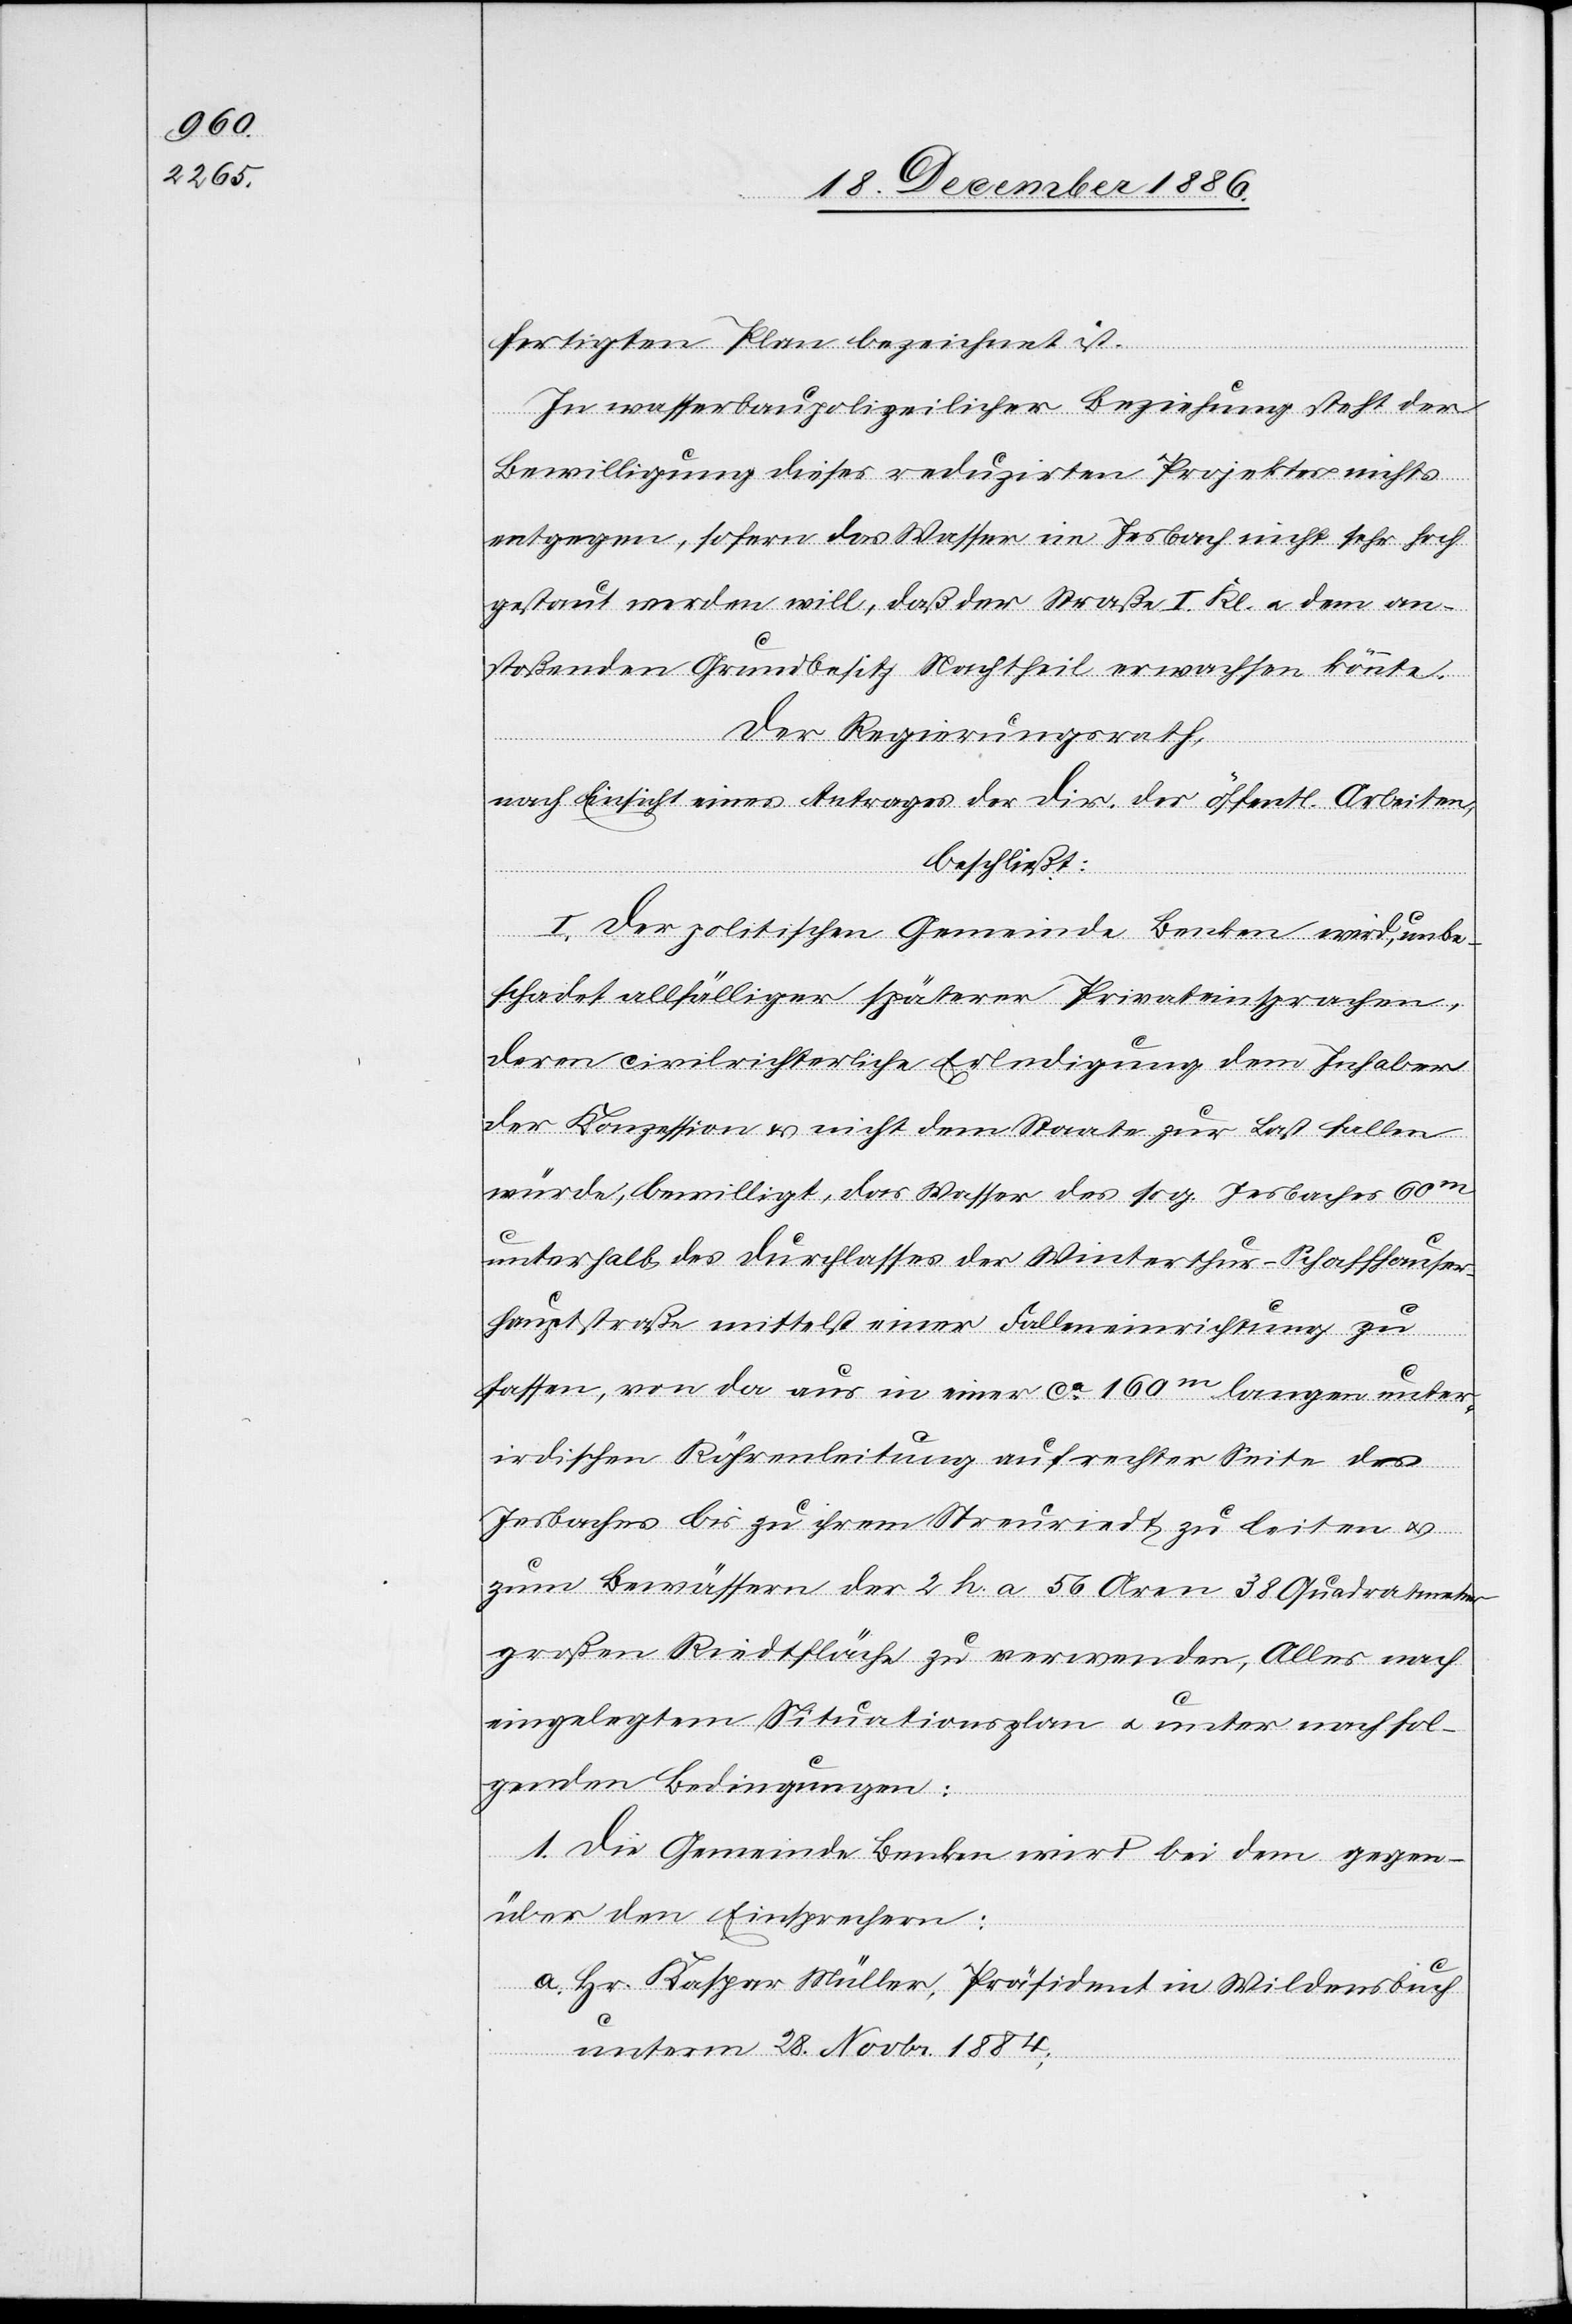
fertigten Plan bezeichnet ist.
In wasserbaupolizeilicher Beziehung steht der
Bewilligung dieses reduzirten Projektes nichts
entgegen, sofern das Wasser im Jesbach nicht sehr hoch
gestaut werden will, daß der Straße I. Kl. & dem an¬
stoßenden Grundbesitz Nachtheil erwachsen könnte.
Der Regierungsrath,
nach Einsicht eines Antrages der Dir. der öffentl. Arbeiten,
beschließt:
I. Der politischen Gemeinde Benken wird, unbe¬
schadet allfälliger späterer Privateinsprachen,
deren civilrichterliche Erledigung dem Inhaber
der Konzession & nicht dem Staate zur Last fallen
würde, bewilligt, das Wasser des sog. Jesbaches 60m
unterhalb des Durchlasses der Winterthur–Schaffhause¬
r-Hauptstraße mittelst einer Falleneinrichtung zu
gege¬
fassen, von da aus in einer ca 160m langen unter¬
irdischen Röhrenleitung auf rechter Seite des
Jesbaches bis zu ihrem Streuriedt zu leiten &
zum Bewässern der 2 h. a. 56 Aren 38 Quadratmeter
großen Riedtfläche zu verwenden, Alles nach
eingelegtem Situationsplan & unter nachfol¬
genden Bedingungen:
1. Die Gemeinde Benken wird bei dem [recte:
nüber den Einsprechern:
a. Hr. Kaspar Müller, Präsident in Wildensbuch
unterm 28. Novbr. 1884;